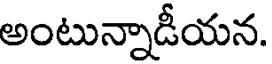
అంటున్నాడీయన.